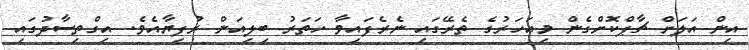
އިން އަލަށް ޗާޕްކޮށްގެން މިއަހަރުގެ ތެރޭގައި ނެރެފައިވާ ހަތަރު ބިލިއަން ރުފިޔާއެވެ. އިގްތިސާދުގައި